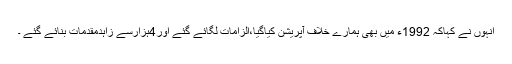
انہوں نے کہاکہ 1992ء میں بھی ہمارے خلاف آپریشن کیاگیا،الزامات لگائے گئے اور4ہزارسے زاہدمقدمات بنائے گئے ۔